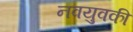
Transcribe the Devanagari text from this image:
नवयुवकी